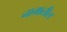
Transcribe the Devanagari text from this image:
नामातील